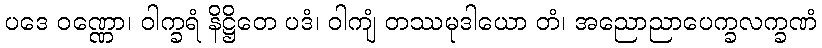
ပဒေ ဝဏ္ဏော၊ ဝါက္ခရံ နိဋ္ဌိတေ ပဒံ၊ ဝါကျံ တဿမုဒါယော တံ၊ အညောညာပေက္ခလက္ခဏံ